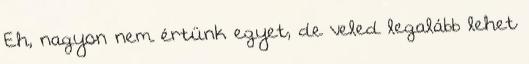
Eh, nagyon nem értünk egyet, de veled legalább lehet